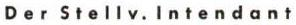
Der Stellv. lntendant